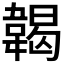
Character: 𩏌